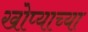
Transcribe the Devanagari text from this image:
खोप्याच्या